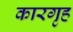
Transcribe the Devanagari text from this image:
कारगृह